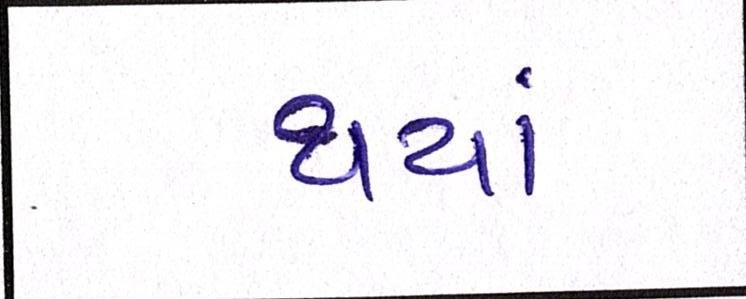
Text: થયાં